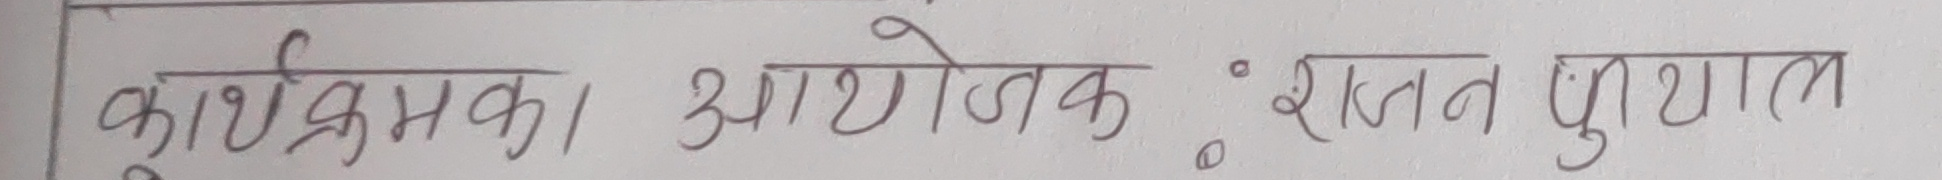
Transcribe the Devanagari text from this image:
कार्यक्रमका आयोजक : सक्त पुग्‍याल